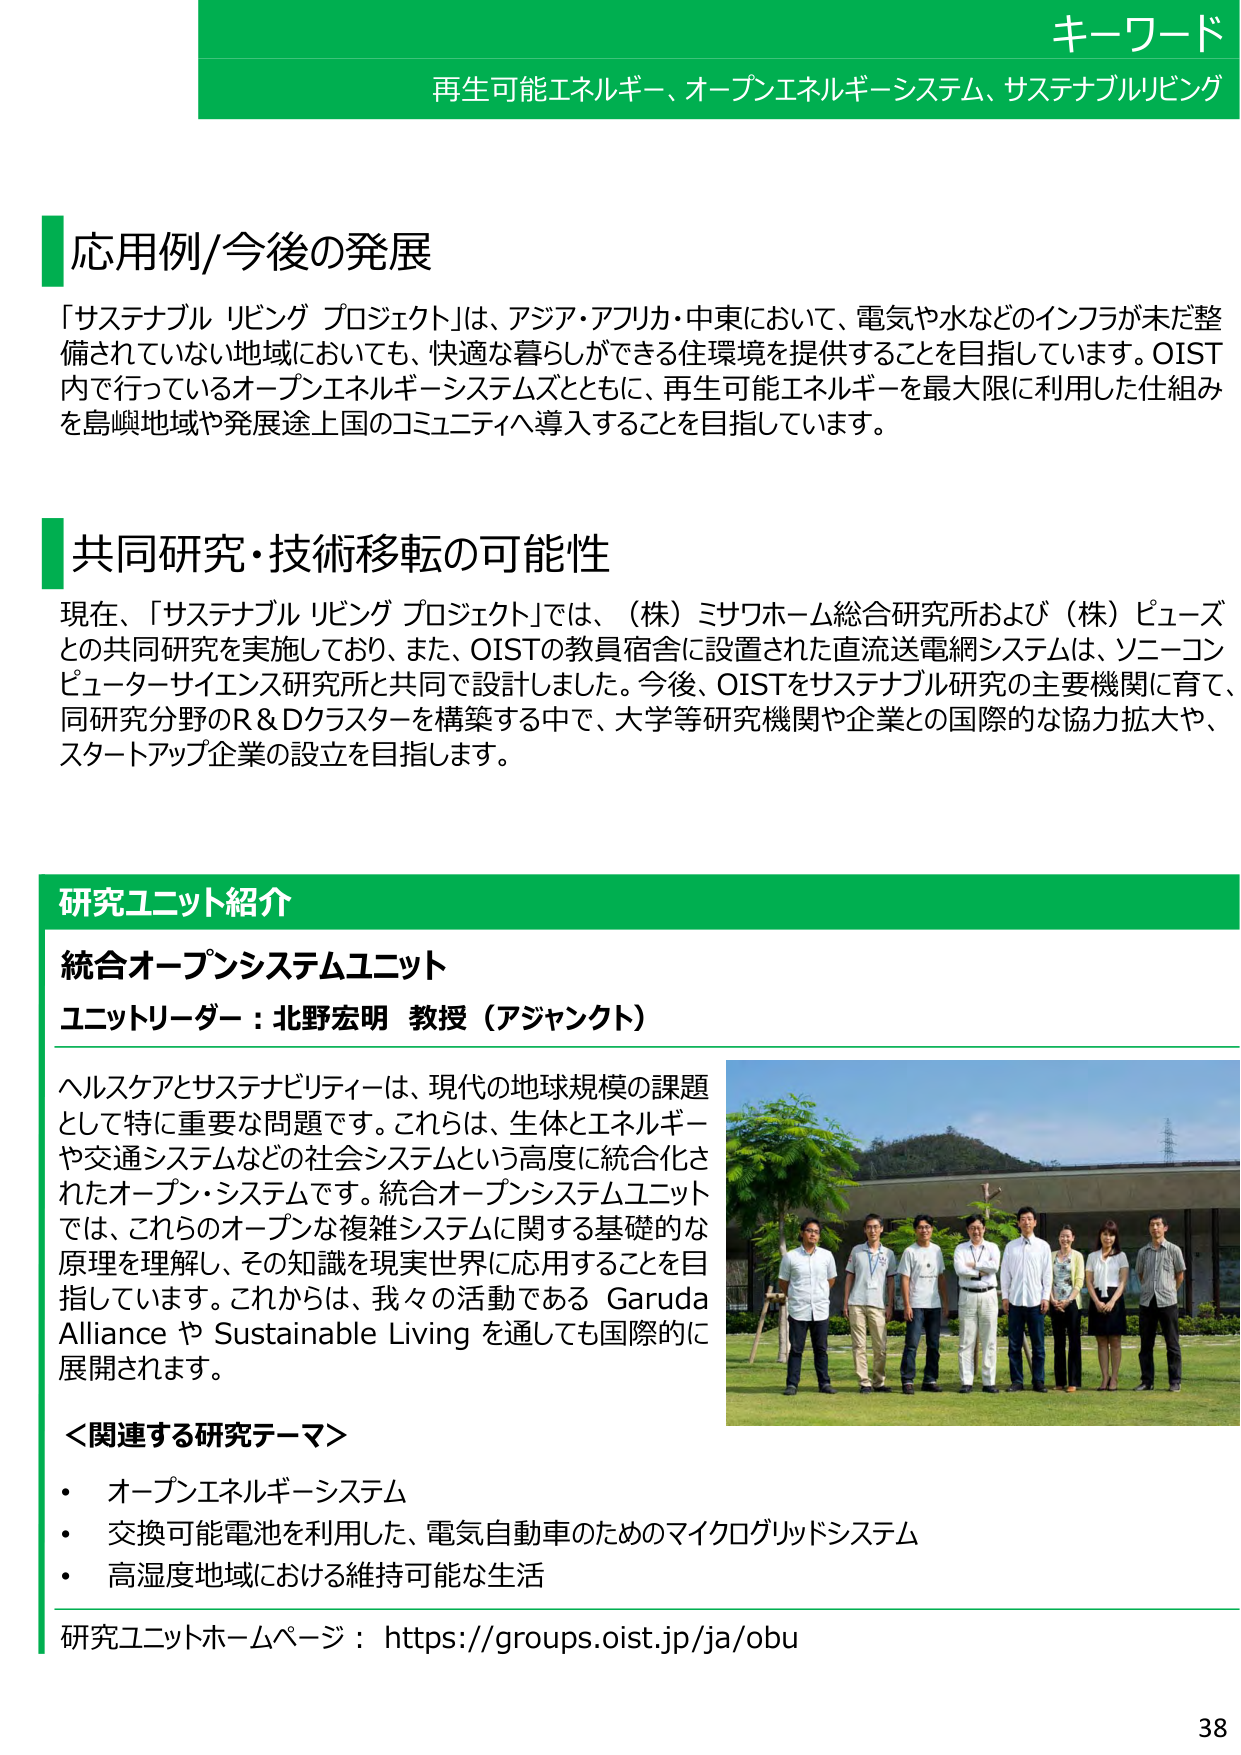
キーワード
再生可能エネルギー、オープンエネルギーシステム、サステナブルリビング

応用例/今後の発展
「サステナブル リビング プロジェクト」は、アジア・アフリカ・中東において、電気や水などのインフラが未だ整備されていない地域においても、快適な暮らしができる住環境を提供することを目指しています。OIST内で行っているオープンエネルギーシステムズとともに、再生可能エネルギーを最大限に利用した仕組みを島嶼地域や発展途上国のコミュニティへ導入することを目指しています。

共同研究・技術移転の可能性
現在、「サステナブル リビング プロジェクト」では、（株）ミサワホーム総合研究所および（株）ピューズとの共同研究を実施しており、また、OISTの教員宿舎に設置された直流送電網システムは、ソニーコンピューターサイエンス研究所と共同で設計しました。今後、OISTをサステナブル研究の主要機関に育て、同研究分野のR＆Dクラスターを構築する中で、大学等研究機関や企業との国際的な協力拡大や、スタートアップ企業の設立を目指します。

研究ユニット紹介
統合オープンシステムユニット
ユニットリーダー：北野宏明 教授（アジャンクト）
ヘルスケアとサステナビリティーは、現代の地球規模の課題として特に重要な問題です。これらは、生体とエネルギーや交通システムなどの社会システムという高度に統合化されたオープン・システムです。統合オープンシステムユニットでは、これらのオープンな複雑システムに関する基礎的な原理を理解し、その知識を現実世界に応用することを目指しています。これからは、我々の活動である Garuda Alliance や Sustainable Living を通しても国際的に展開されます。

＜関連する研究テーマ＞
・ オープンエネルギーシステム
・ 交換可能電池を利用した、電気自動車のためのマイクログリッドシステム
・ 高湿度地域における維持可能な生活

研究ユニットホームページ：https://groups.oist.jp/ja/obu

38